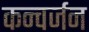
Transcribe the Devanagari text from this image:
कन्वर्जन